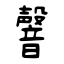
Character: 韾